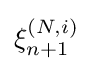
\xi _{n+1}^{(N,i)}